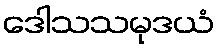
ဒေါသသမုဒယံ